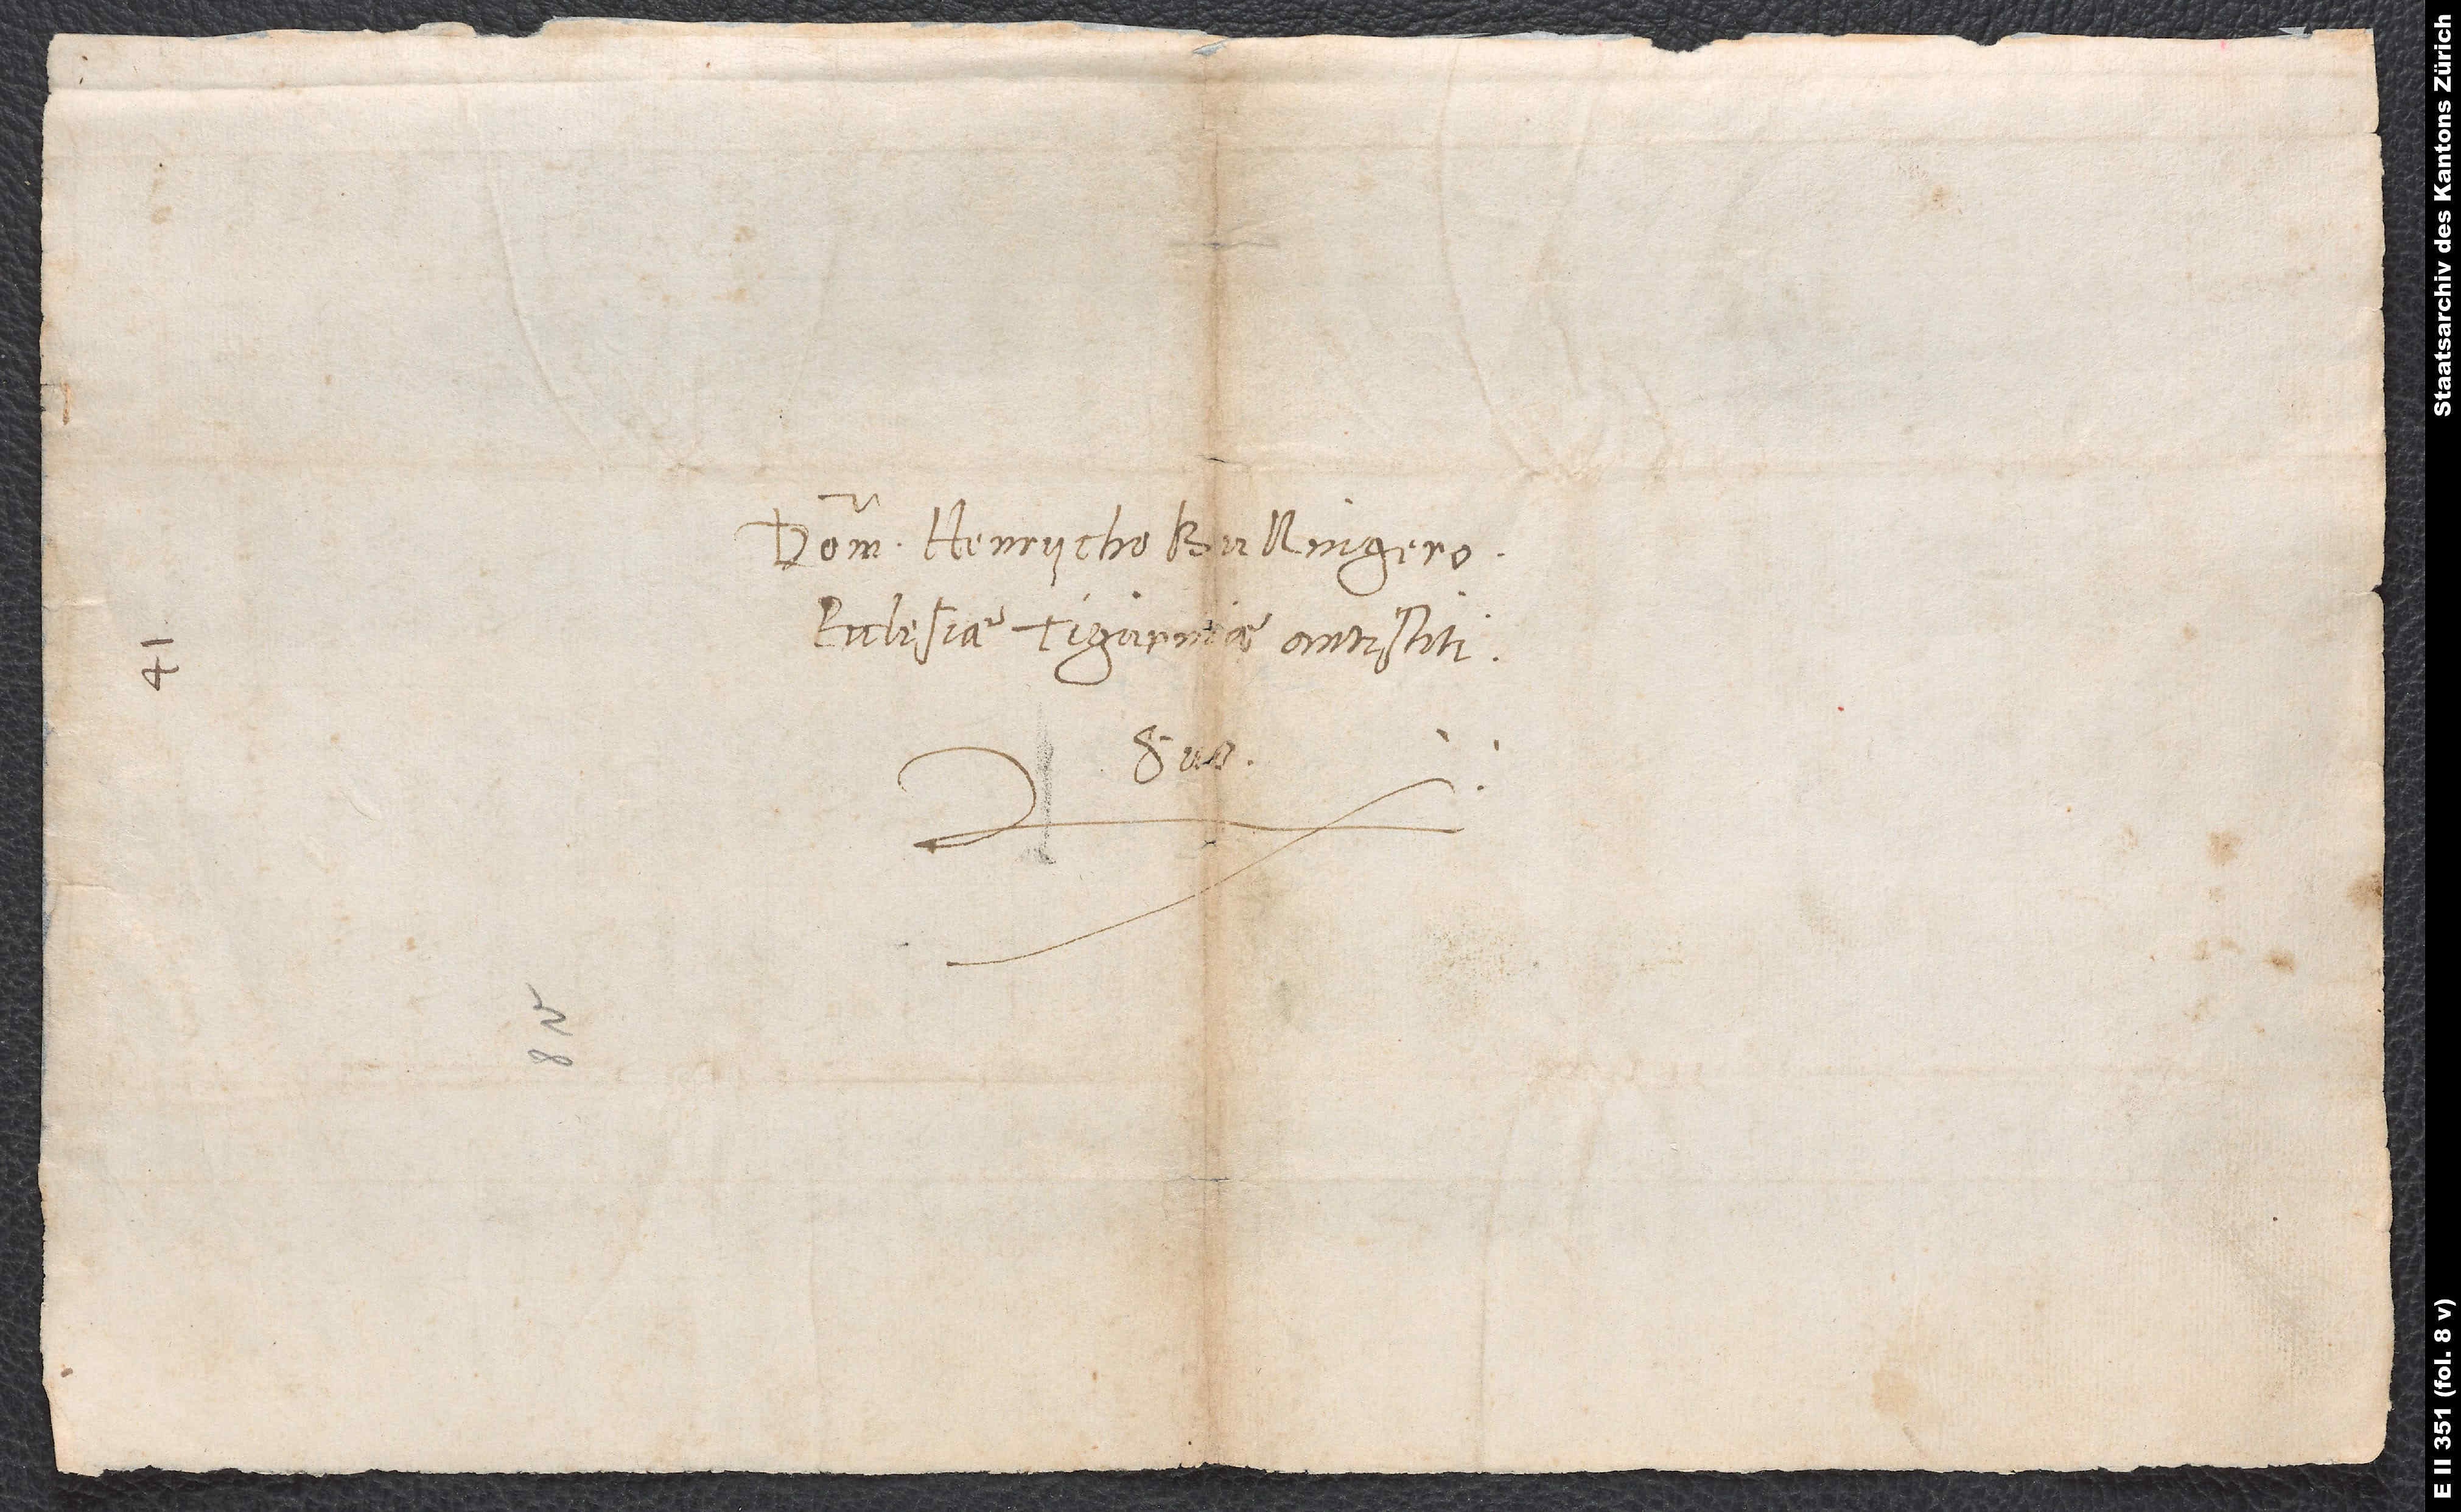
Domino Henrycho Bullingero,
ecclesiae Tigurinae antistiti,